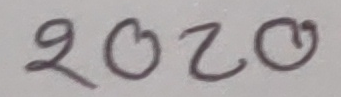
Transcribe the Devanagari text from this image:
२०२०